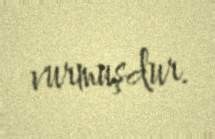
vurmuşdur.